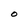
Character: O